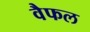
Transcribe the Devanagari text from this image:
वैफल